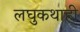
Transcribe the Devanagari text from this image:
लघुकथाही